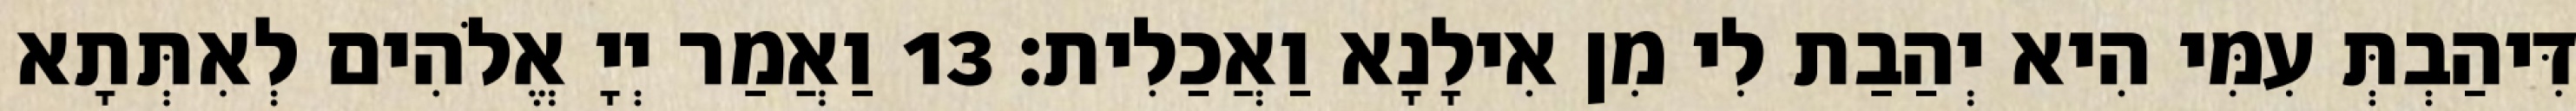
דִּיהַבְתְּ עִמִּי הִיא יְהַבַת לִי מִן אִילָנָא וַאֲכַלִית׃ 13 וַאֲמַר יְיָ אֱלֹהִים לְאִתְּתָא